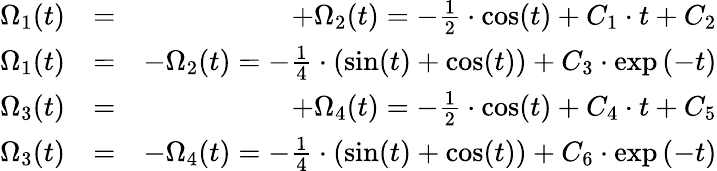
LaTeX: \begin{array}{rlr}{\Omega_{1}(t)}&{=}&{+\Omega_{2}(t)=-\frac{1}{2}\cdot\cos(t)+C_{1}\cdot t+C_{2}}\\ {\Omega_{1}(t)}&{=}&{-\Omega_{2}(t)=-\frac{1}{4}\cdot(\sin(t)+\cos(t))+C_{3}\cdot\exp{(-t)}}\\ {\Omega_{3}(t)}&{=}&{+\Omega_{4}(t)=-\frac{1}{2}\cdot\cos(t)+C_{4}\cdot t+C_{5}}\\ {\Omega_{3}(t)}&{=}&{-\Omega_{4}(t)=-\frac{1}{4}\cdot(\sin(t)+\cos(t))+C_{6}\cdot\exp{(-t)}}\end{array}